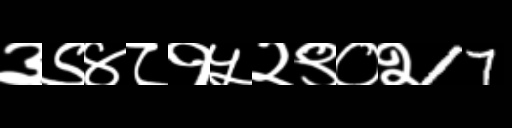
Text: ३९४८१५२९०२17